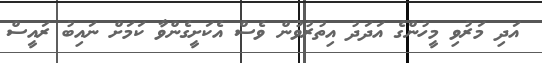
އަދި މަރުވި މީހުންގެ އަދަދު އިތުރުވުން ވެސް އެކަށީގެންވާ ކަމަށް ނައިބު ރައީސް